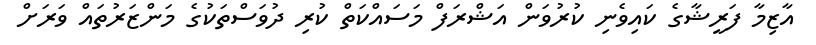
އާޒިމާ ފަރީޝާގެ ކައިވެނި ކުރުވަން އަޝްރަފް މަސައްކަތް ކުރި ދުވަސްތަކުގެ މަންޒަރުތައް ވަރަށް